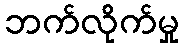
ဘက်လိုက်မှု